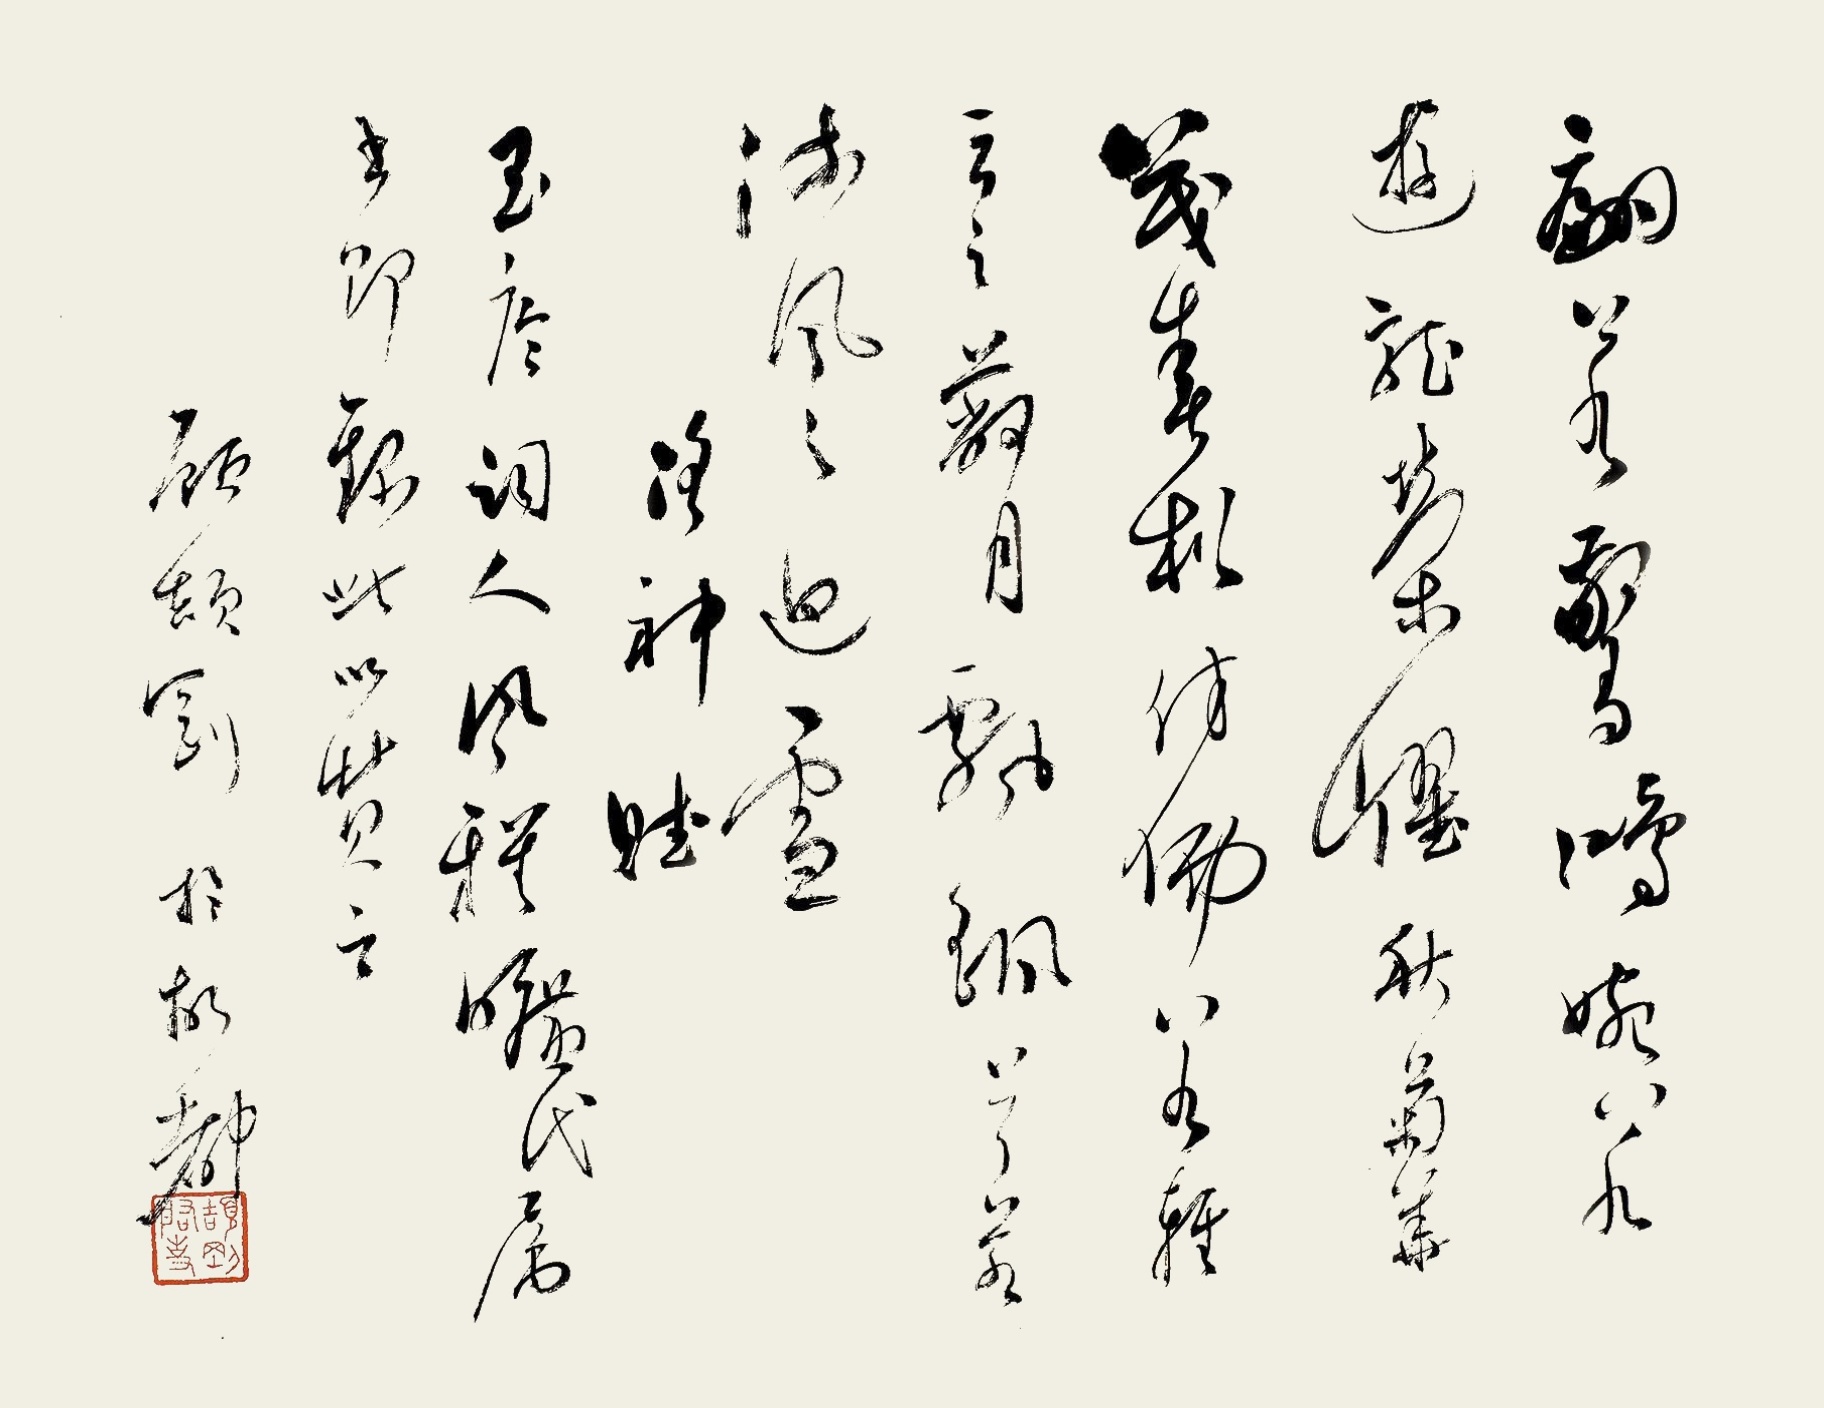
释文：翩若惊鸿，婉若游龙，荣曜秋菊，华茂春松。髣髴兮若轻云之蔽月，飘飖兮若流风之回雪。玉尘词人风雅旷氏属书，即录此以赞之。顾颉刚。